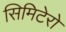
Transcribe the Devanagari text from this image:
सिमिटेरो